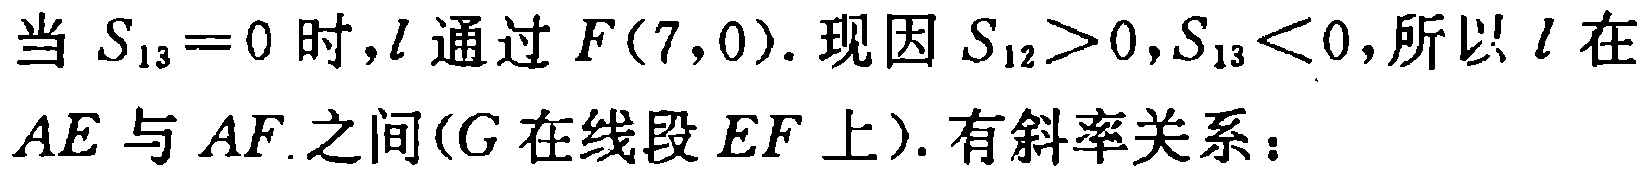
当 \(S_{13}=0\) 时，\(l\) 通过 \(F(7,0)\). 现因 \(S_{12}>0,S_{13}<0\)，所以 \(l\) 在 \(AE\) 与 \(AF\) 之间(\(G\) 在线段 \(EF\) 上). 有斜率关系：